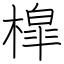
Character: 槹